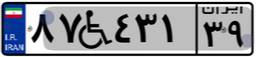
۸۷W۴۳۱۳۹